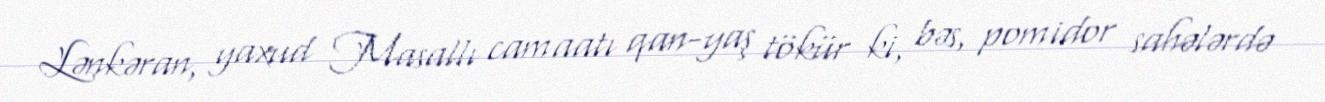
Lənkəran, yaxud Masallı camaatı qan-yaş tökür ki, bəs, pomidor sahələrdə